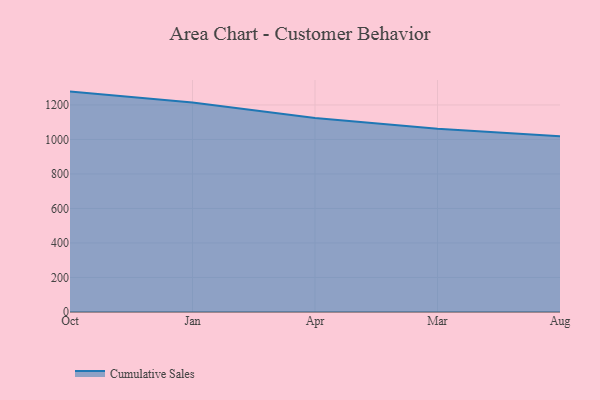
{"axis": {"x": "Month", "y": "LTV (USD)"}, "legend": ["Cumulative Sales"], "data": [{"x": "Oct", "y": 1277.4, "type": "Cumulative Sales"}, {"x": "Jan", "y": 1214.4, "type": "Cumulative Sales"}, {"x": "Apr", "y": 1124.0, "type": "Cumulative Sales"}, {"x": "Mar", "y": 1061.5, "type": "Cumulative Sales"}, {"x": "Aug", "y": 1018.5, "type": "Cumulative Sales"}]}